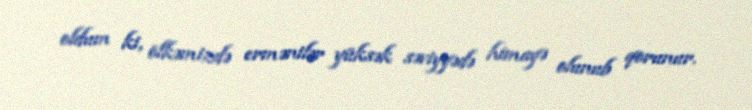
oldum ki, ölkəmizdə ermənilər yüksək səviyyədə himayə olunub qorunur.